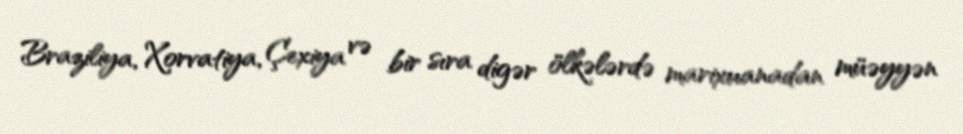
Braziliya, Xorvatiya, Çexiya və bir sıra digər ölkələrdə marixuanadan müəyyən